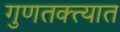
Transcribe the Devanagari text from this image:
गुणतक्त्यात